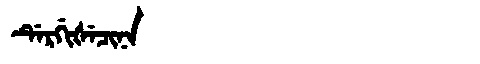
Manchu: ᡩᡝᡵᡤᡳᡧᡝᠴᡳᠨᠠ
Romanization: DERGIŠECINA